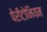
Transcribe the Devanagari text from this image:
पेरीटोनियम